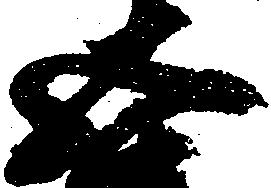
五